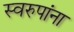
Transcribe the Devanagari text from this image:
स्वरुपांना